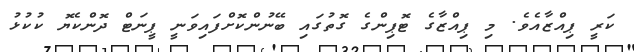
ކަރީ ޕިއްޒާއެވެ. މި ޕިއްޒާގެ ޓޮޕިންގެ ގޮތުގައި ބޭނުންކޮށްފައިވަނީ ޕީނަޓް ދޮންކެޔޮ ކުކުޅު